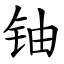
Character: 铀